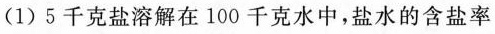
(1)5千克盐溶解在100千克水中，盐水的含盐率